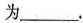
为______.